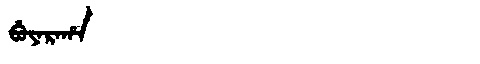
Manchu: ᠪᡠᠶᠠᡵᠠᡥᠠ
Romanization: BUYARAHA